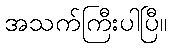
အသက်ကြီးပါပြီ။